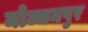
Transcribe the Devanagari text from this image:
मोज्जमपुर